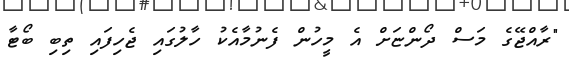
"ރާއްޖޭގެ މަސް ދޯންޏަށް އެ މީހުން ފެނުމާއެކު ހާލުގައި ޖެހިފައި ތިބި ބޯޓާ